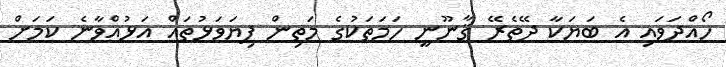
ހޯއްދަވައި އެ ބަޔަކާ ދޭތެރޭ ޤާނޫނީ ހަމަތަކުގެ މަތިން ފިޔަވަޅުތައް އަޅުއްވާނެ ކަމަށް